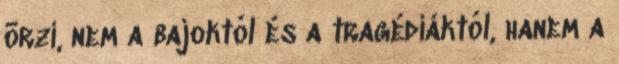
õrzi, nem a bajoktól és a tragédiáktól, hanem a